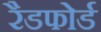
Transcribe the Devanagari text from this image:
रैडफोर्ड